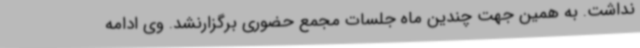
نداشت. به همین جهت چندین ماه جلسات مجمع حضوری برگزارنشد. وی ادامه